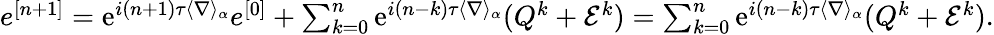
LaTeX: \begin{array}{r}{e^{[n+1]}=\textrm{e}^{i(n+1)\tau\langle\nabla\rangle_{\alpha}}e^{[0]}+\sum_{k=0}^{n}\textrm{e}^{i(n-k)\tau\langle\nabla\rangle_{\alpha}}(Q^{k}+\mathcal{E}^{k})=\sum_{k=0}^{n}\textrm{e}^{i(n-k)\tau\langle\nabla\rangle_{\alpha}}(Q^{k}+\mathcal{E}^{k}).}\end{array}